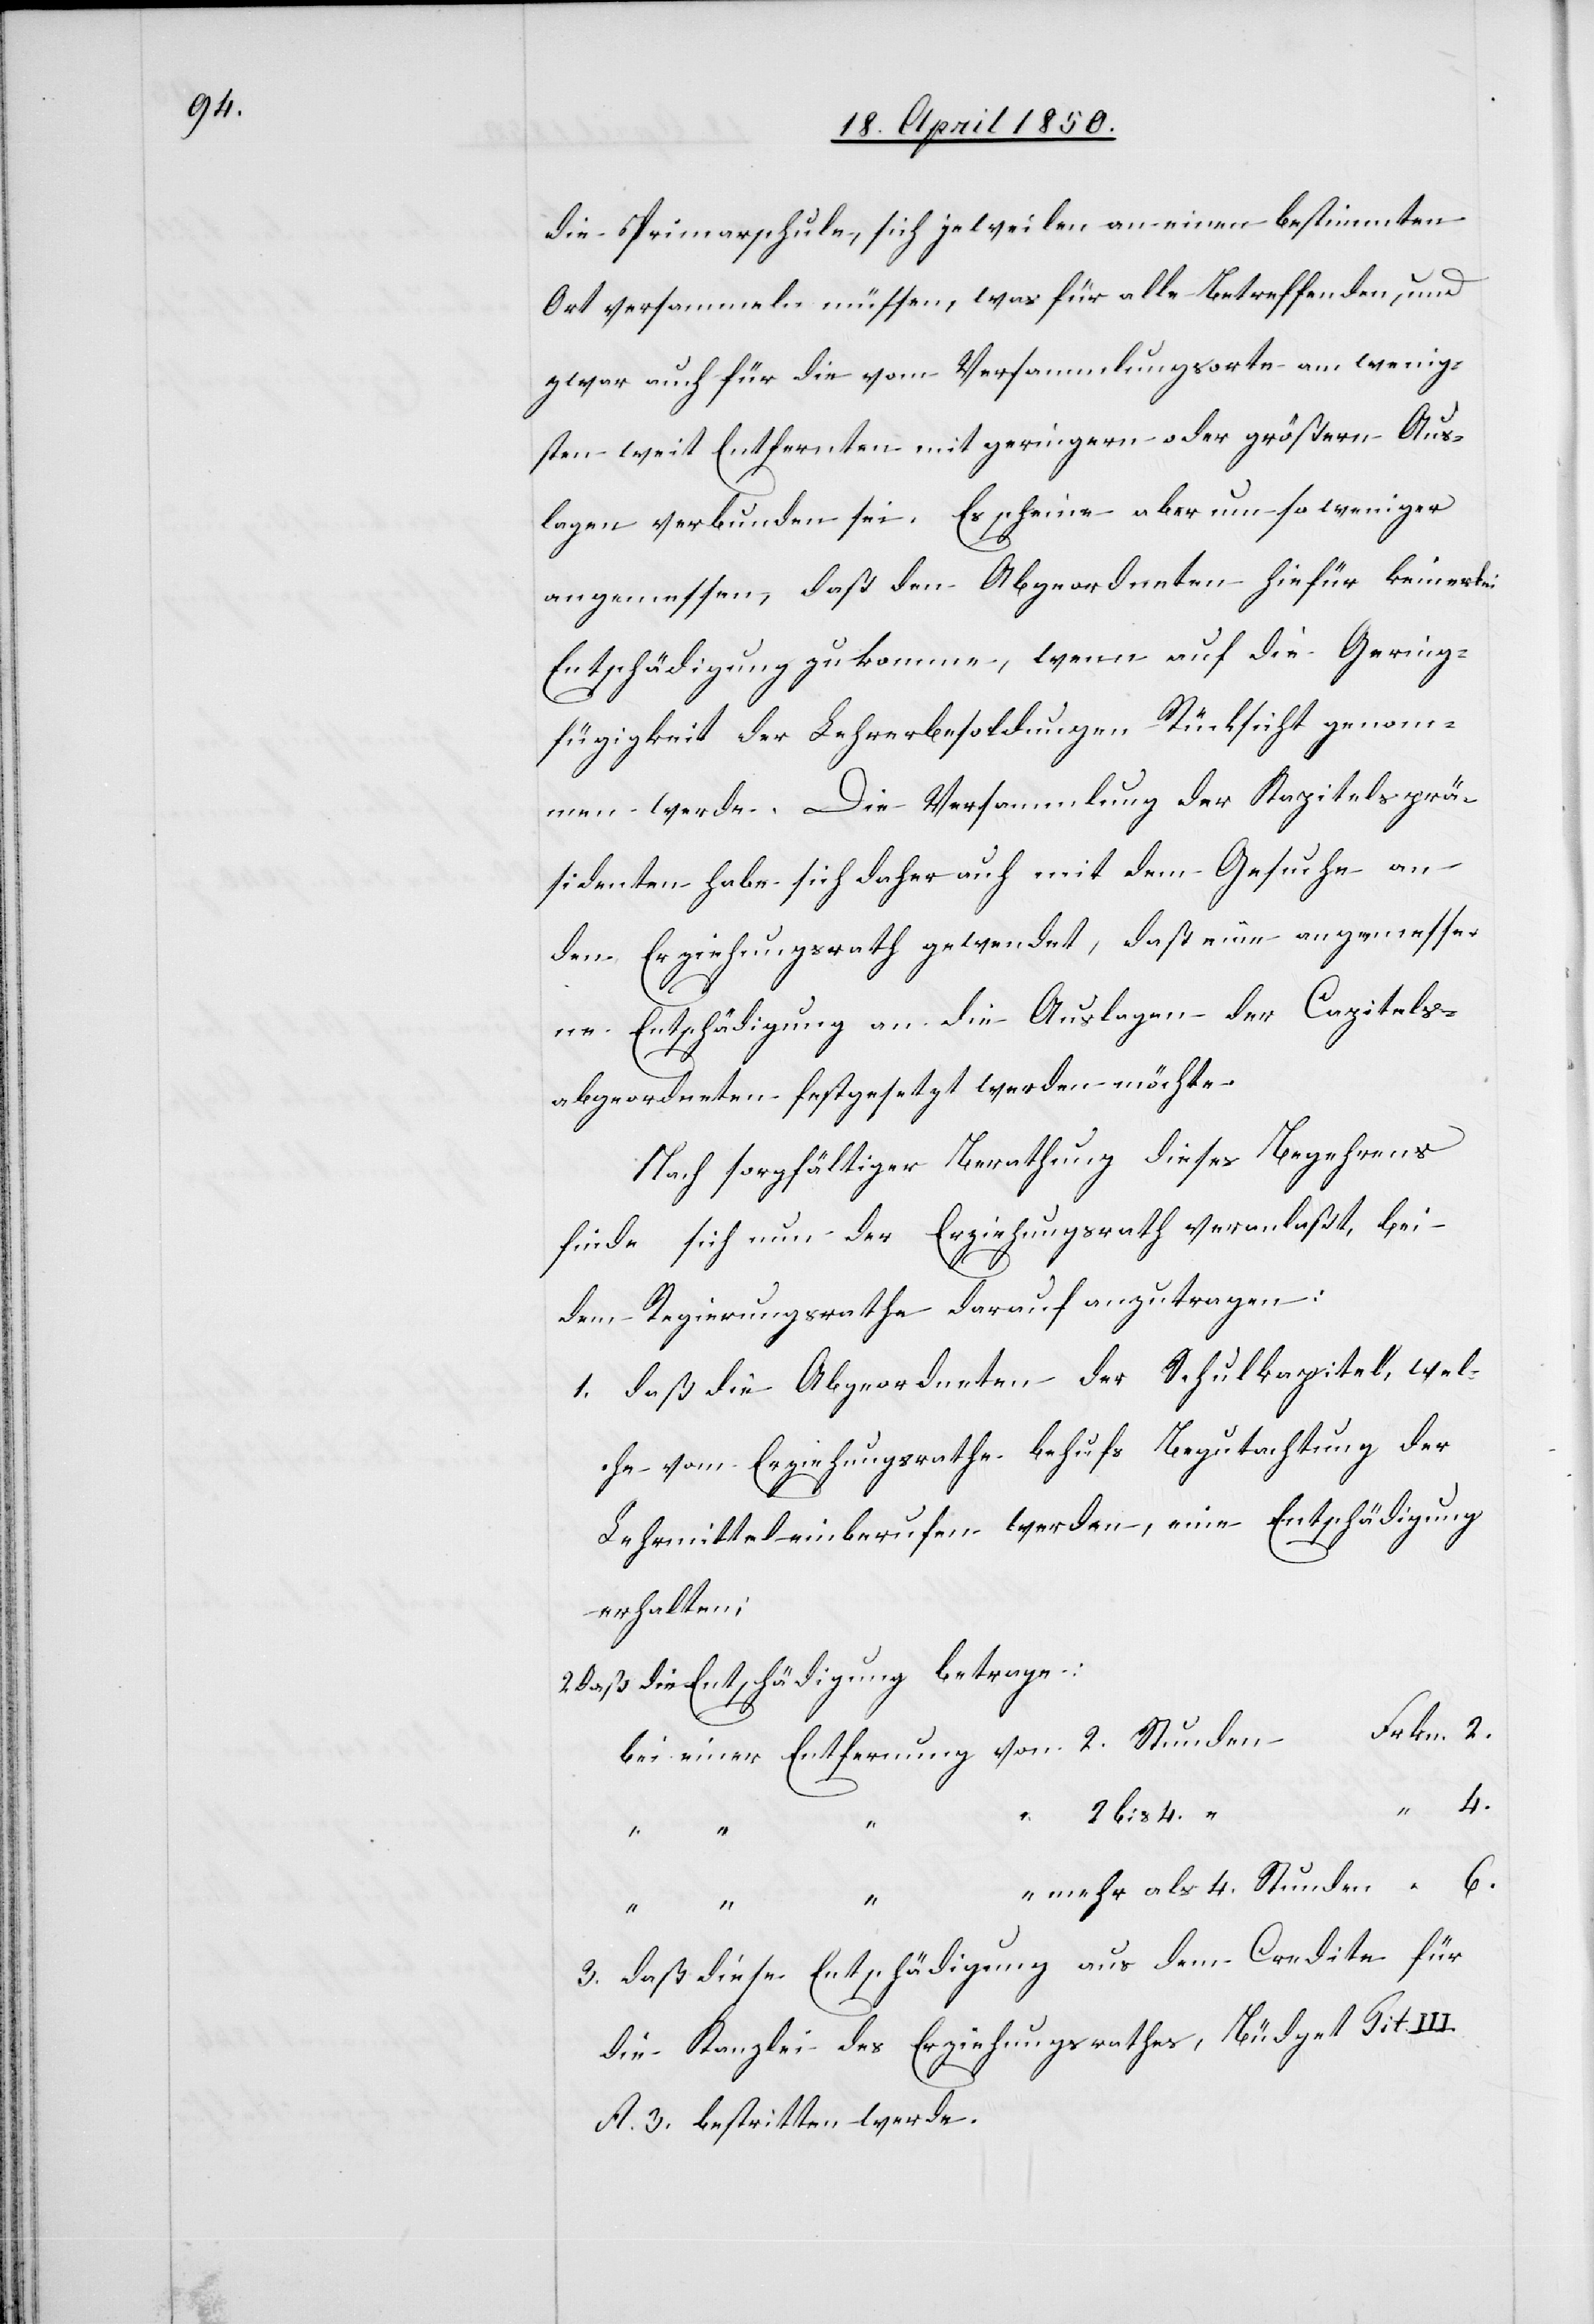
die Primarschule, sich jeweilen an einen bestimmten
Ort versammeln müssen, was für alle Betreffenden, und
zwar auch für die vom Versammlungsorte am wenig¬
sten weit Entfernten mit geringern oder größern Aus¬
lagen verbunden sei. Es scheine aber um so weniger
angemessen, daß den Abgeordneten hiefür keinerlei
Entschädigung zukomme, wenn auf die Gering¬
fügigkeit der Lehrerbesoldungen Rücksicht genom¬
men werde. Die Versammlung der Kapitelsprä¬
sidenten habe sich daher auch mit dem Gesuche an
den Erziehungsrath gewendet, daß eine angemesse¬
ne Entschädigung an die Auslagen der Capitels¬
abgeordneten festgesetzt werden möchte.
Nach sorgfältiger Berathung dieses Begehrens
finde sich nun der Erziehungsrath veranlaßt, bei
dem Regierungsrathe darauf anzutragen:
1. daß die Abgeordneten der Schulkapitel, wel¬
che vom Erziehungsrathe behufs Begutachtung der
Lehrmittel einberufen werden, eine Entschädigung
erhalten;
2 daß die Entschädigung betrage:
n	Frkn. 2.
bei einer Entfernung von 2. Stunde¬
“
“ “ “ 2 bis
“ mehr als 4. Stunden	 “ 6.
4
4.
“ “ “
3. daß diese Entschädigung aus dem Credite für
die Kanzlei des Erziehungsrathes, Büdget Tit III.
A. 3. bestritten werde.